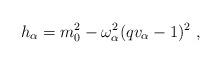
LaTeX: \begin{align*}h_\alpha=m_0^2-\omega_\alpha^2(qv_\alpha-1)^2~,\end{align*}